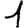
Digit: 1